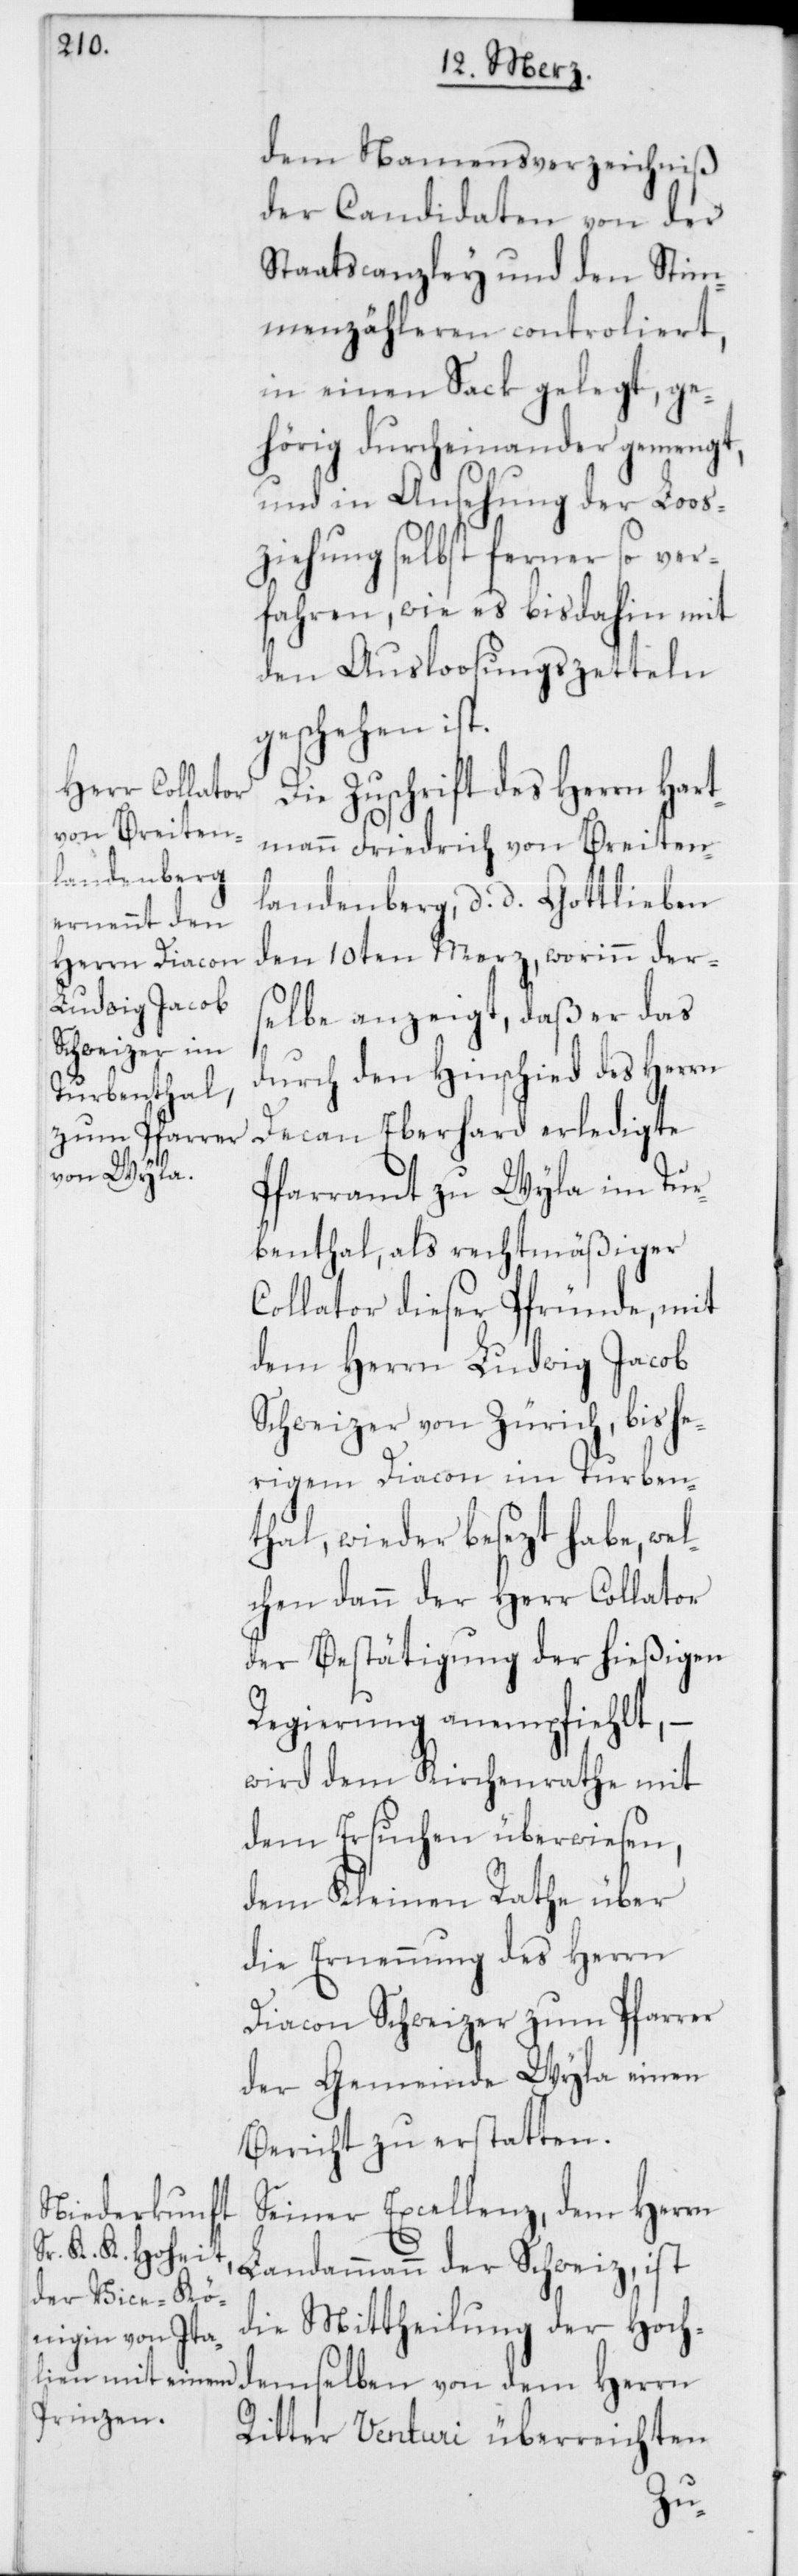
dem Namensverzeichniß
der Candidaten von der
Staatscanzley und den Stim¬
menzähleren controliert,
in einen Sack gelegt, ge¬
hörig durcheinander gemengt,
und in Ansehung der Loos¬
ziehung selbst ferner so ver¬
fahren, wie es bisdahin mit
den Ausloosungszetteln
geschehen ist.
Die Zuschrift des Herrn Hart¬
mann Friedrich von Breiten¬
landenberg, d. d. Gottlieben
den 10ten Merz, worinn der¬
selbe anzeigt, daß er das
durch den Hinschied des Herrn
Decan Eberhard erledigte
Pfarramt zu Wyla im Tur¬
benthal, als rechtmäßiger
Collator dieser Pfründe, mit
dem Herrn Ludwig Jacob
Schweizer von Zürich, bishe¬
rigem Diacon im Turben¬
thal, wieder besezt habe, wel¬
chen dann der Herr Collator
der Bestätigung der hießigen
Regierung anempfiehlt, –
wird dem Kirchenrathe mit
dem Ersuchen überwiesen,
dem Kleinen Rathe über
die Ernennung des Herrn
Diacon Schweizer zum Pfarrer
der Gemeinde Wyla einen
Bericht zu erstatten.
Seiner Excellenz, dem Herrn
Landammann der Schweiz, ist
die Mittheilung der Hoch¬
demselben von dem Herrn
Ritter Venturi überreichten